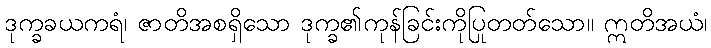
ဒုက္ခခယကရံ၊ ဇာတိအစရှိသော ဒုက္ခ၏ကုန်ခြင်းကိုပြုတတ်သော။ ဣတိအယံ၊